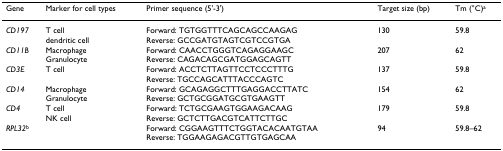
| Gene | Marker for cell types | Primer sequence (5'-3') | Target size (bp) | Tm (°C)a |
 | --- | --- | --- | --- | --- |
 | CD197 | T celldendritic cell | Forward: TGTGGTTTCAGCAGCCAAGAGReverse: GCCGATGTAGTCGTCCGTGA | 130 | 59.8 |
 | CD11B | MacrophageGranulocyte | Forward: CAACCTGGGTCAGAGGAAGCReverse: CAGACAGCGATGGAGCAGTT | 207 | 62 |
 | CD3E | T cell | Forward: ACCTCTTAGTTCCTCCCTTTGReverse: TGCCAGCATTTACCCAGTC | 137 | 59.8 |
 | CD14 | MacrophageGranulocyte | Forward: GCAGAGGCTTTGAGGACCTTATCReverse: GCTGCGGATGCGTGAAGTT | 154 | 62 |
 | CD4 | T cellNK cell | Forward: TCTGCGAAGTGGAAGACAAGReverse: GCTCTTGACGTCATTCTTGC | 179 | 59.8 |
 | RPL32b |  | Forward: CGGAAGTTTCTGGTACACAATGTAAReverse: TGGAAGAGACGTTGTGAGCAA | 94 | 59.8–62 |